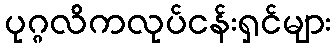
ပုဂ္ဂလိကလုပ်ငန်းရှင်များ